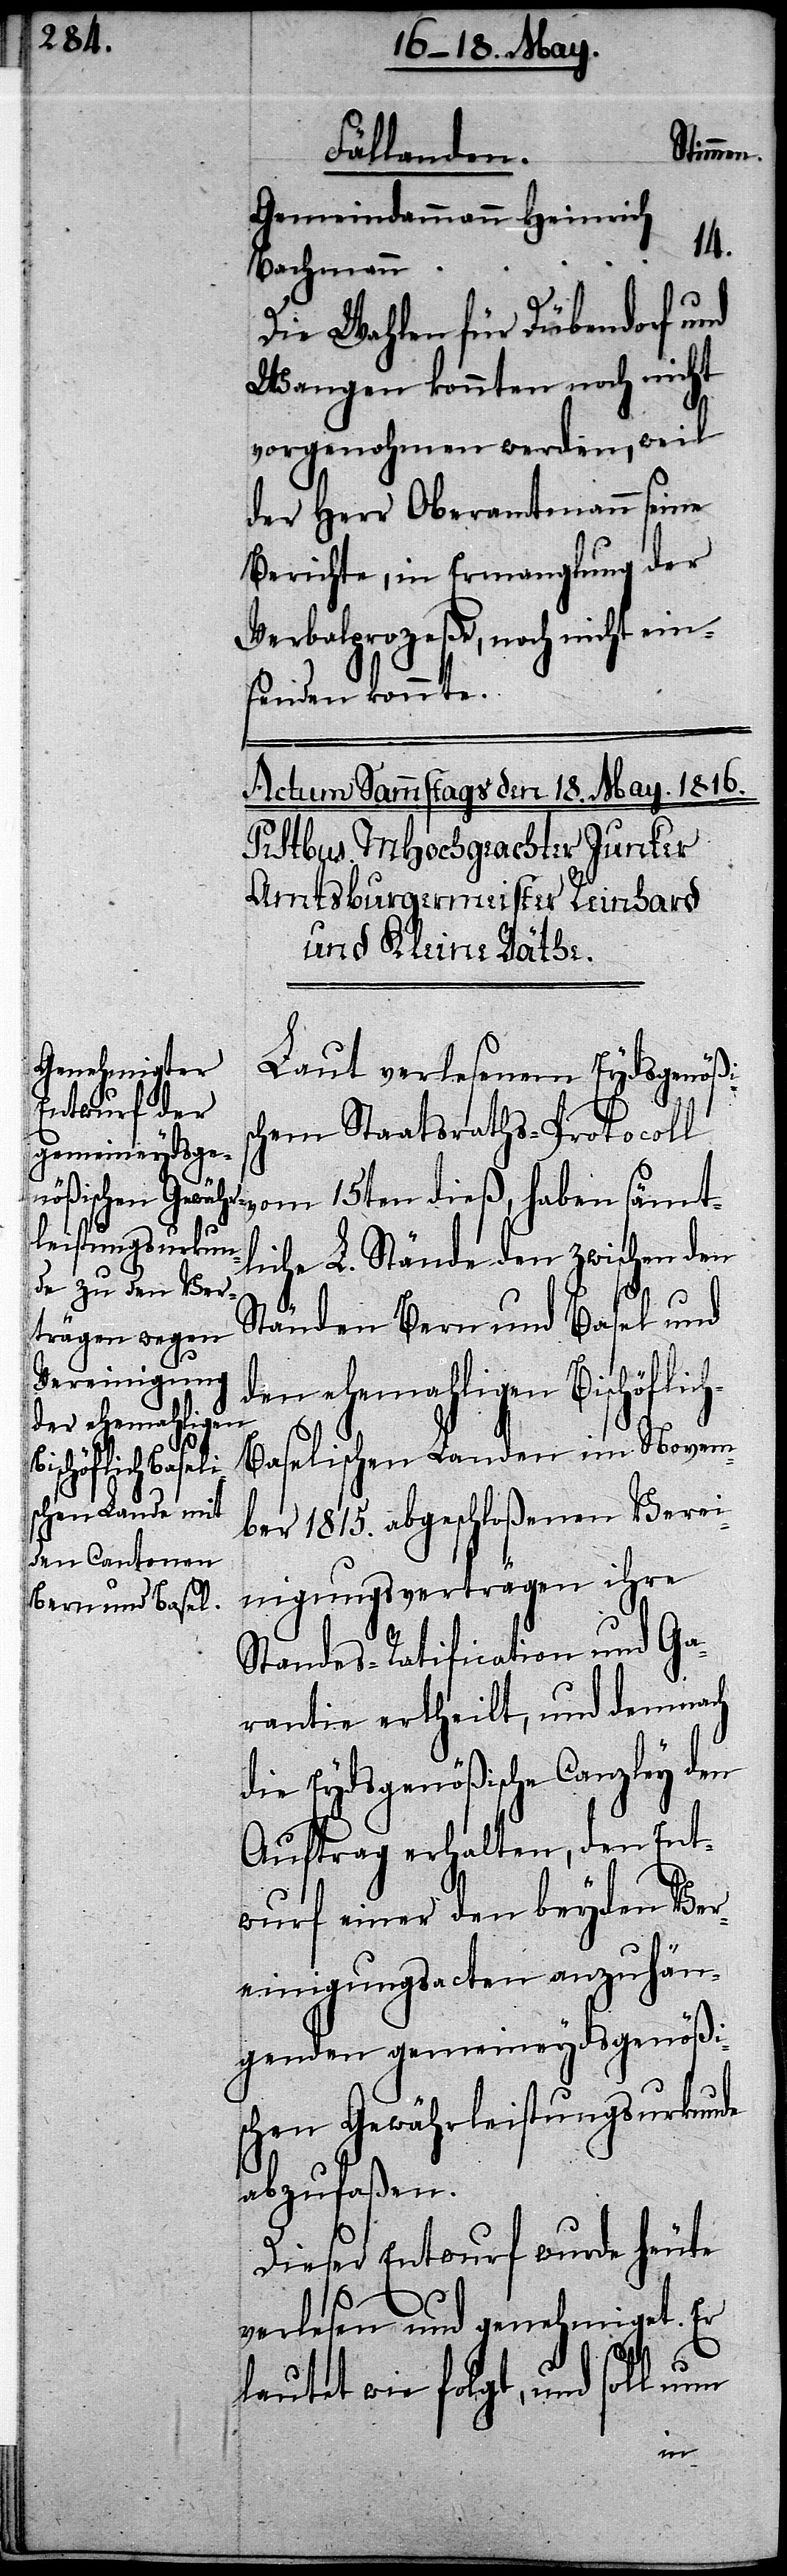
Stimmen.
Fällanden.
Gemeindammann Heinrich
14.
Bachmann
Die Wahlen für Dübendorf und
Wangen konnten noch nicht
vorgenohmen werden, weil
der Herr Oberamtmann seine
Berichte, in Ermanglung der
Verbalprozeße, noch nicht ein¬
senden konnte.
Laut verlesenem Eydsgenöß¬
chem Staatsraths-Protocoll
liche L. Stände den zwischen den
Ständen Bern und Basel und
den ehemahligen Bischöflic¬
aselischen Landen im Novem¬
ber 1815. abgeschloßenen Verei¬
nigungsverträgen ihre
Standes-Ratification und Ga¬
rantie ertheilt, und demnach
die Eydsgenößische Canzley den
Auftrag erhalten, den Ent¬
wurf einer den beyden Ver¬
einigungsacten anzuhän¬
genden gemeineydsgenößi¬
schen Gewährleistungsurkunde
abzufaßen.
Dieser Entwurf wurde heute
verlesen und genehmiget. Er
lautet wie folgt, und soll nun
h-B¬